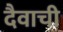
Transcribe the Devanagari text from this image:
दैवाची